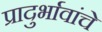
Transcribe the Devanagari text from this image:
प्रादुर्भावांचे